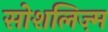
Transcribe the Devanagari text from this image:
सोशलिज़्म